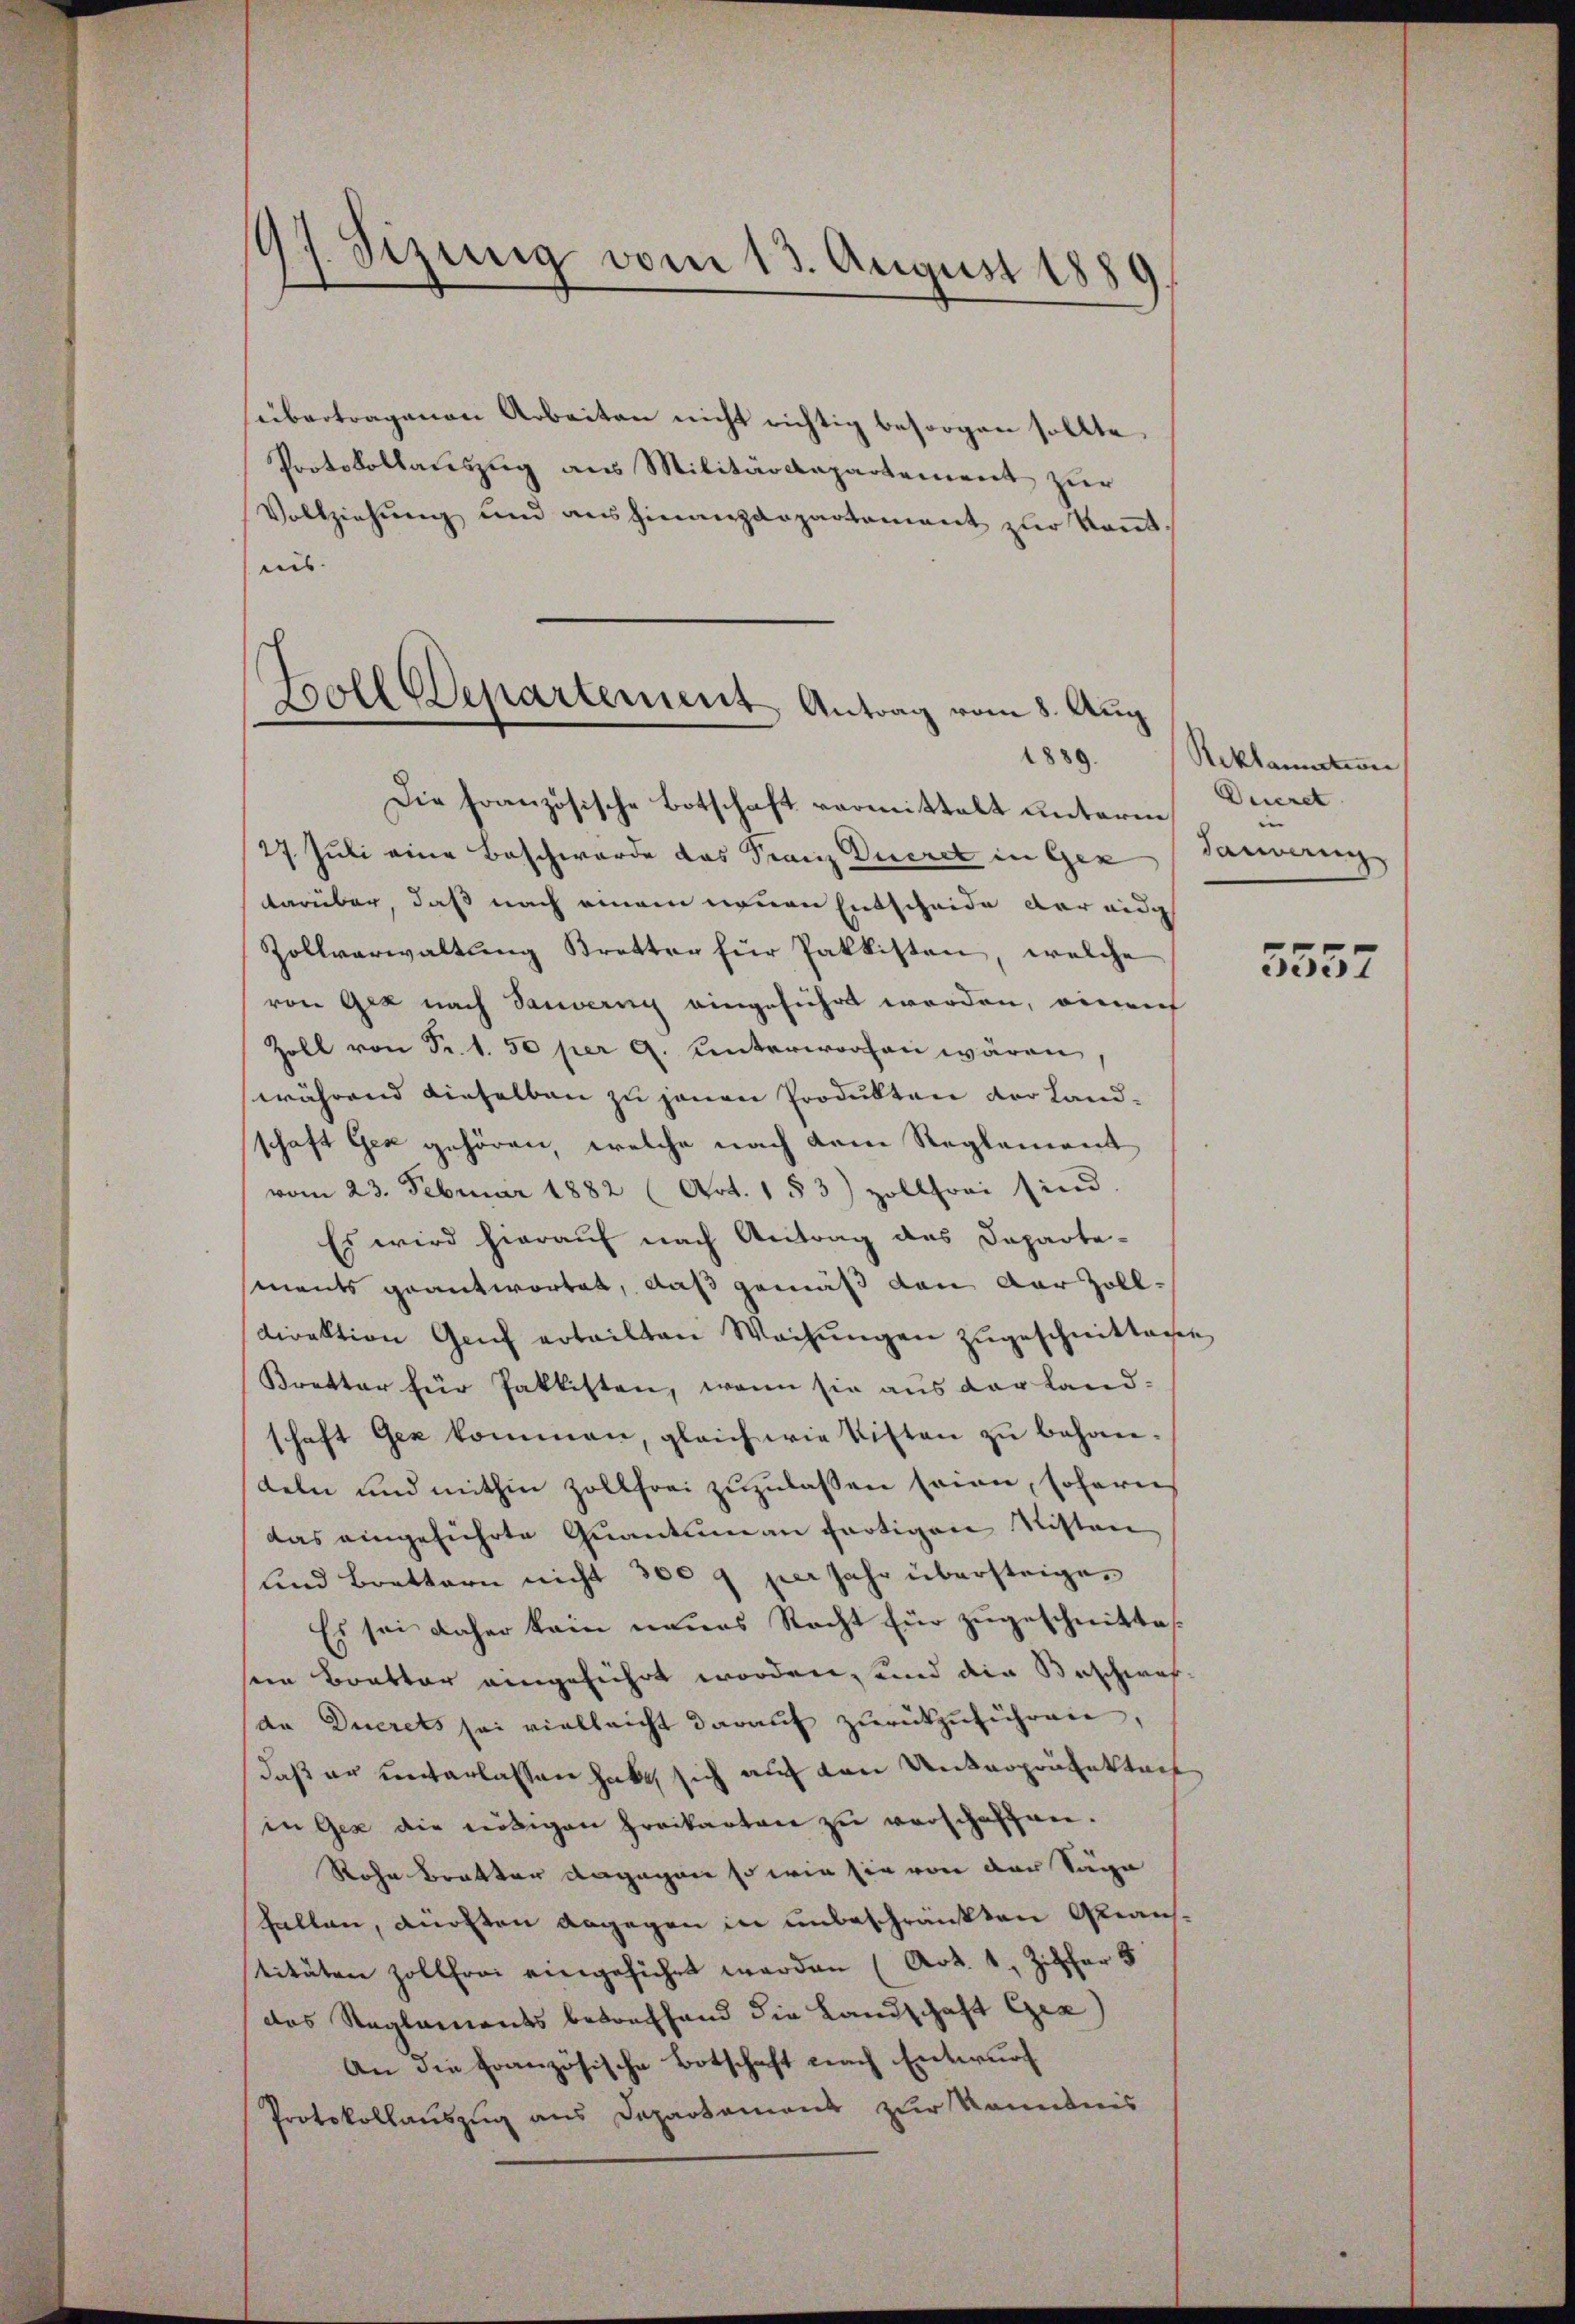
97. Sizung vom 13. August 1889.

sübertragenen Arbeiten nicht richtig besorgen sollte.
Protokollauszug aus Militärdepartement zur
Vollziehŭng und ausfinanzarpartament zŭr Koṅt.
leis

Boll Departement Antrag vom 8. Aug.
1889.

Die Französische Botschaft vermittelt unterm
27 Juli eine Beschwerde das Franz Ducret in Gen
darüber, daß nach einem neuen Entscheide der eidg
Zollverwaltung Kretter für Pakkisten, welche
von Gez nach Sauverny eingeführt werden, einauf
Zoll von Fr. 1. 50 per a. unterworfen wären
während dieselben zu jenen Produkten der Landschaft Gea gehören, welche nach dem Reglement
vom 23. Februar 1882 (Art. 153) zollfrei sind.
Es wird hierauf nach Antrag des Departe-
sments geantwortet, daß gemäß den der Zoll-
direktion Genf erteilten Wachungen zugeschnittagen
Kretter für Paklisten, wenn sie aus der Landschaft Gez kommen, gleich wie Kisten zu behandeln und mithin zollfrei zuzulaßen seien, sofern
das eingeführte Quantum an fortigen Risten
und Brettern nicht 300 g per Jahr übersteigen
Es sei daher kein neues Recht für zugeschnittes
sein Bratter eingeführt worden, und die Beschwas-
dn Duerets sei vielleicht darauf zurückzuführen,
daß er unterlassen habe sich auf den Unterpräfekteit
in Gez die nötigen Freikarten zu verschaffen.
Rohe Bratter dagegen so wie sie von der Säge
fallen, ansten angegen in unbeschränkten Gerans
stituten Zollfrei eingeführt werden (Art. 1, Ziffer 5
das Reglements betreffend die Landschaft Ges
An die französische Botschaft nach Entwurf
Protokollauszug aus Departamens zur Kenntnis

Reklamation
Decret
dauvang

5557